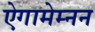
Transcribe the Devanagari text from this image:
ऐगामेम्नन